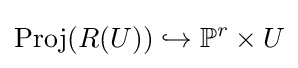
\operatorname {Proj} (R(U))\hookrightarrow \mathbb {P} ^{r}\times U